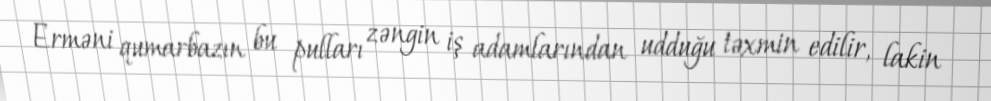
Erməni qumarbazın bu pulları zəngin iş adamlarından udduğu təxmin edilir, lakin